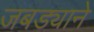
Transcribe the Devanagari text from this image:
जबड्याने